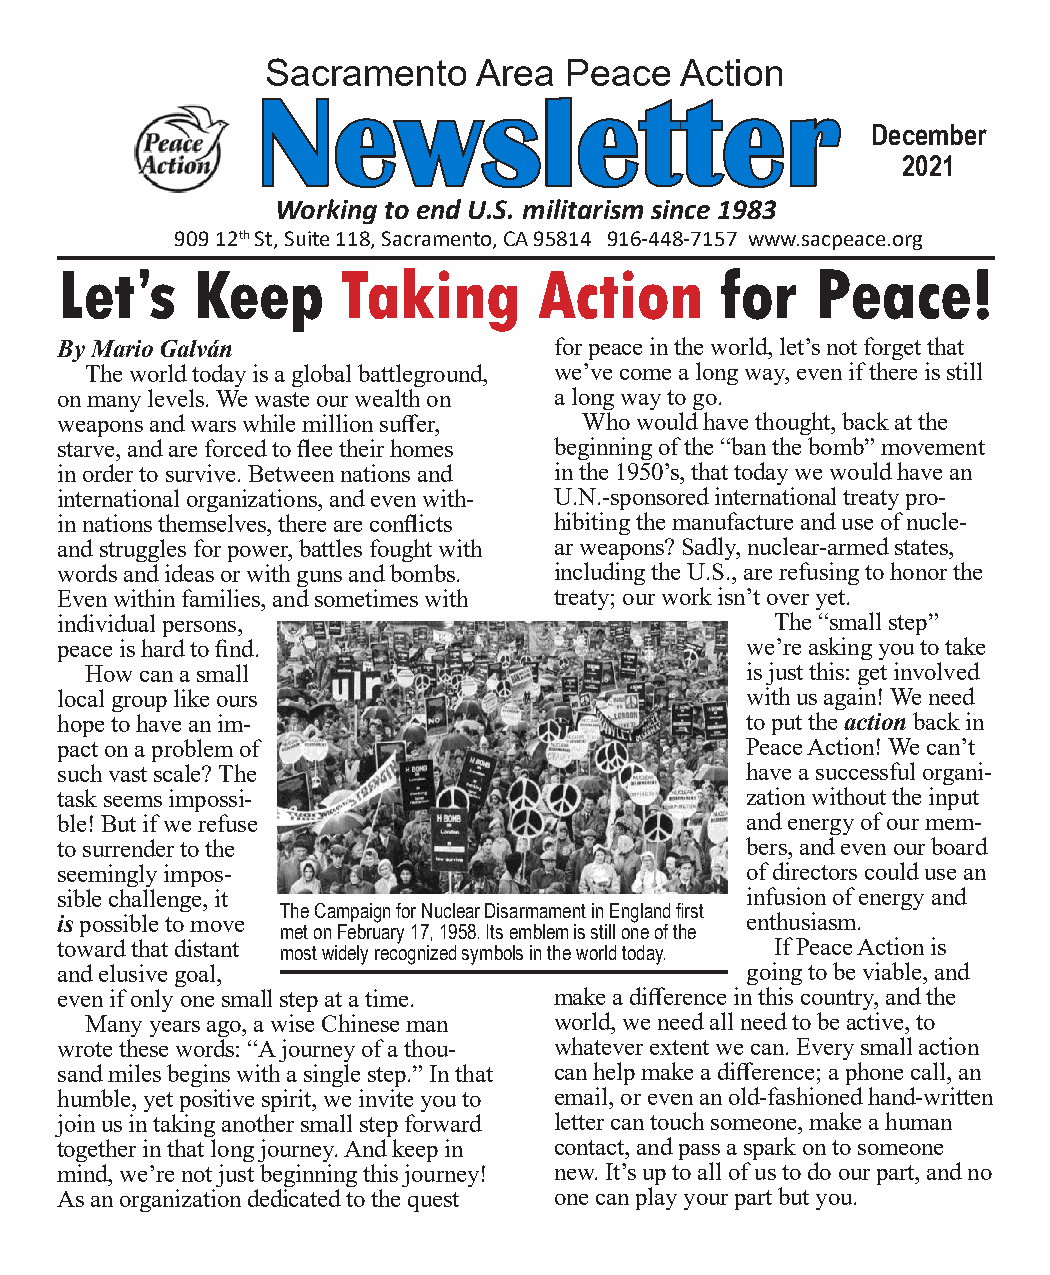
Sacramento    Area Peace   Action
 NNeewwsslleetttteerr
 December
 2021
 Working to end U.S. militarism since 1983
 909 12th St, Suite 118, Sacramento, CA 95814 916-448-7157 www.sacpeace.org
 Let’s    Keep      Taking       Action      for   Peace!
 By Mario Galván                  for peace in the world, let’s not forget that
 The world today is a global battleground, we’ve come a long way, even if there is still
 on many levels. We waste our wealth on a long way to go.
 weapons and wars while million suffer, Who would have thought, back at the
 starve, and are forced to flee their homes beginning of the “ban the bomb” movement
 in order to survive. Between nations and in the 1950’s, that today we would have an
 international organizations, and even with- U.N.-sponsored international treaty pro-
 in nations themselves, there are conflicts hibiting the manufacture and use of nucle-
 and struggles for power, battles fought with ar weapons? Sadly, nuclear-armed states,
 words and ideas or with guns and bombs. including the U.S., are refusing to honor the
 Even within families, and sometimes with treaty; our work isn’t over yet.
 individual persons,                            The “small step”
 peace is hard to find.                       we’re asking you to take
 How can a small                            is just this: get involved
 local group like ours                        with us again! We need
 hope to have an im-                          to put the action back in
 pact on a problem of                         Peace Action! We can’t
 such vast scale? The                         have a successful organi-
 task seems impossi-                          zation without the input
 ble! But if we refuse                        and energy of our mem-
 to surrender to the                          bers, and even our board
 seemingly impos-                             of directors could use an
 sible challenge, it                          infusion of energy and
 The Campaign for Nuclear Disarmament in England first
 is possible to move                          enthusiasm.
 met on February 17, 1958. Its emblem is still one of the
 toward that distant most widely recognized symbols in the world today. If Peace Action is
 and elusive goal,                            going to be viable, and
 even if only one small step at a time. make a difference in this country, and the
 Many years ago, a wise Chinese man world, we need all need to be active, to
 wrote these words: “A journey of a thou- whatever extent we can. Every small action
 sand miles begins with a single step.” In that can help make a difference; a phone call, an
 humble, yet positive spirit, we invite you to email, or even an old-fashioned hand-written
 join us in taking another small step forward letter can touch someone, make a human
 together in that long journey. And keep in contact, and pass a spark on to someone
 mind, we’re not just beginning this journey! new. It’s up to all of us to do our part, and no
 As an organization dedicated to the quest one can play your part but you.